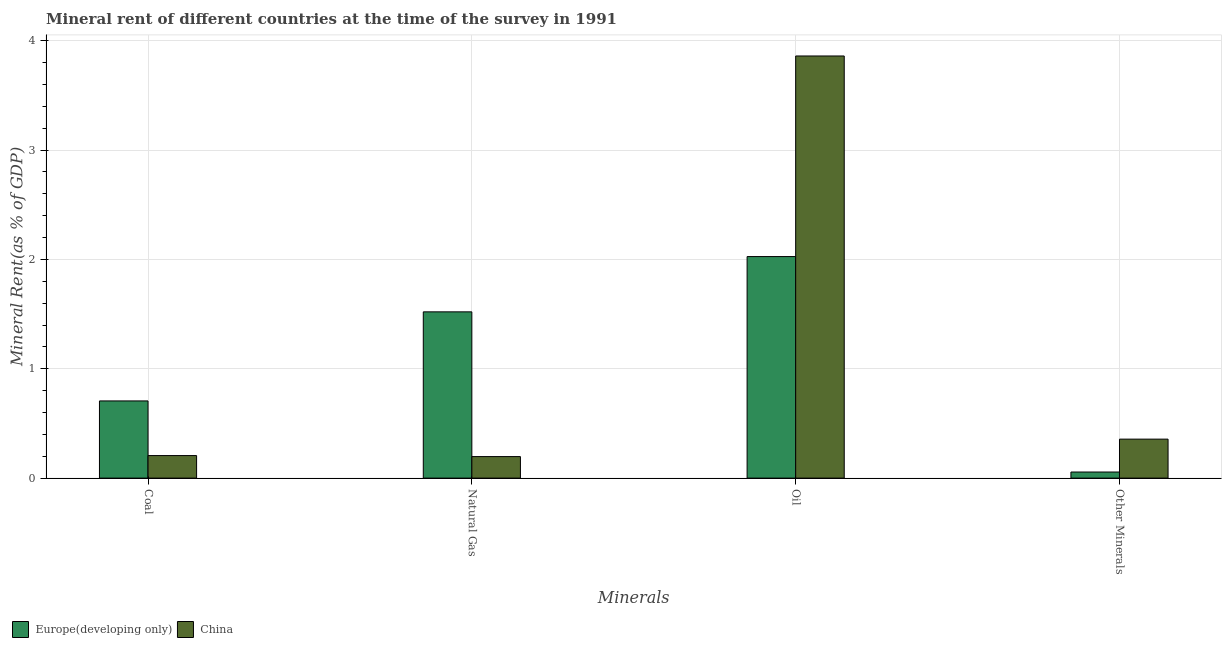
| Minerals | Europe(developing only) | China |
 | --- | --- | --- |
 | Coal | 0.706 | 0.206 |
 | Natural Gas | 1.52 | 0.197 |
 | Oil | 2.03 | 3.86 |
 | Other Minerals | 0.0558 | 0.357 |